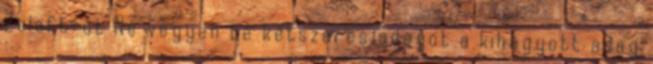
Zoloft-ot Ne vegyen be kétszeres adagot a kihagyott adag